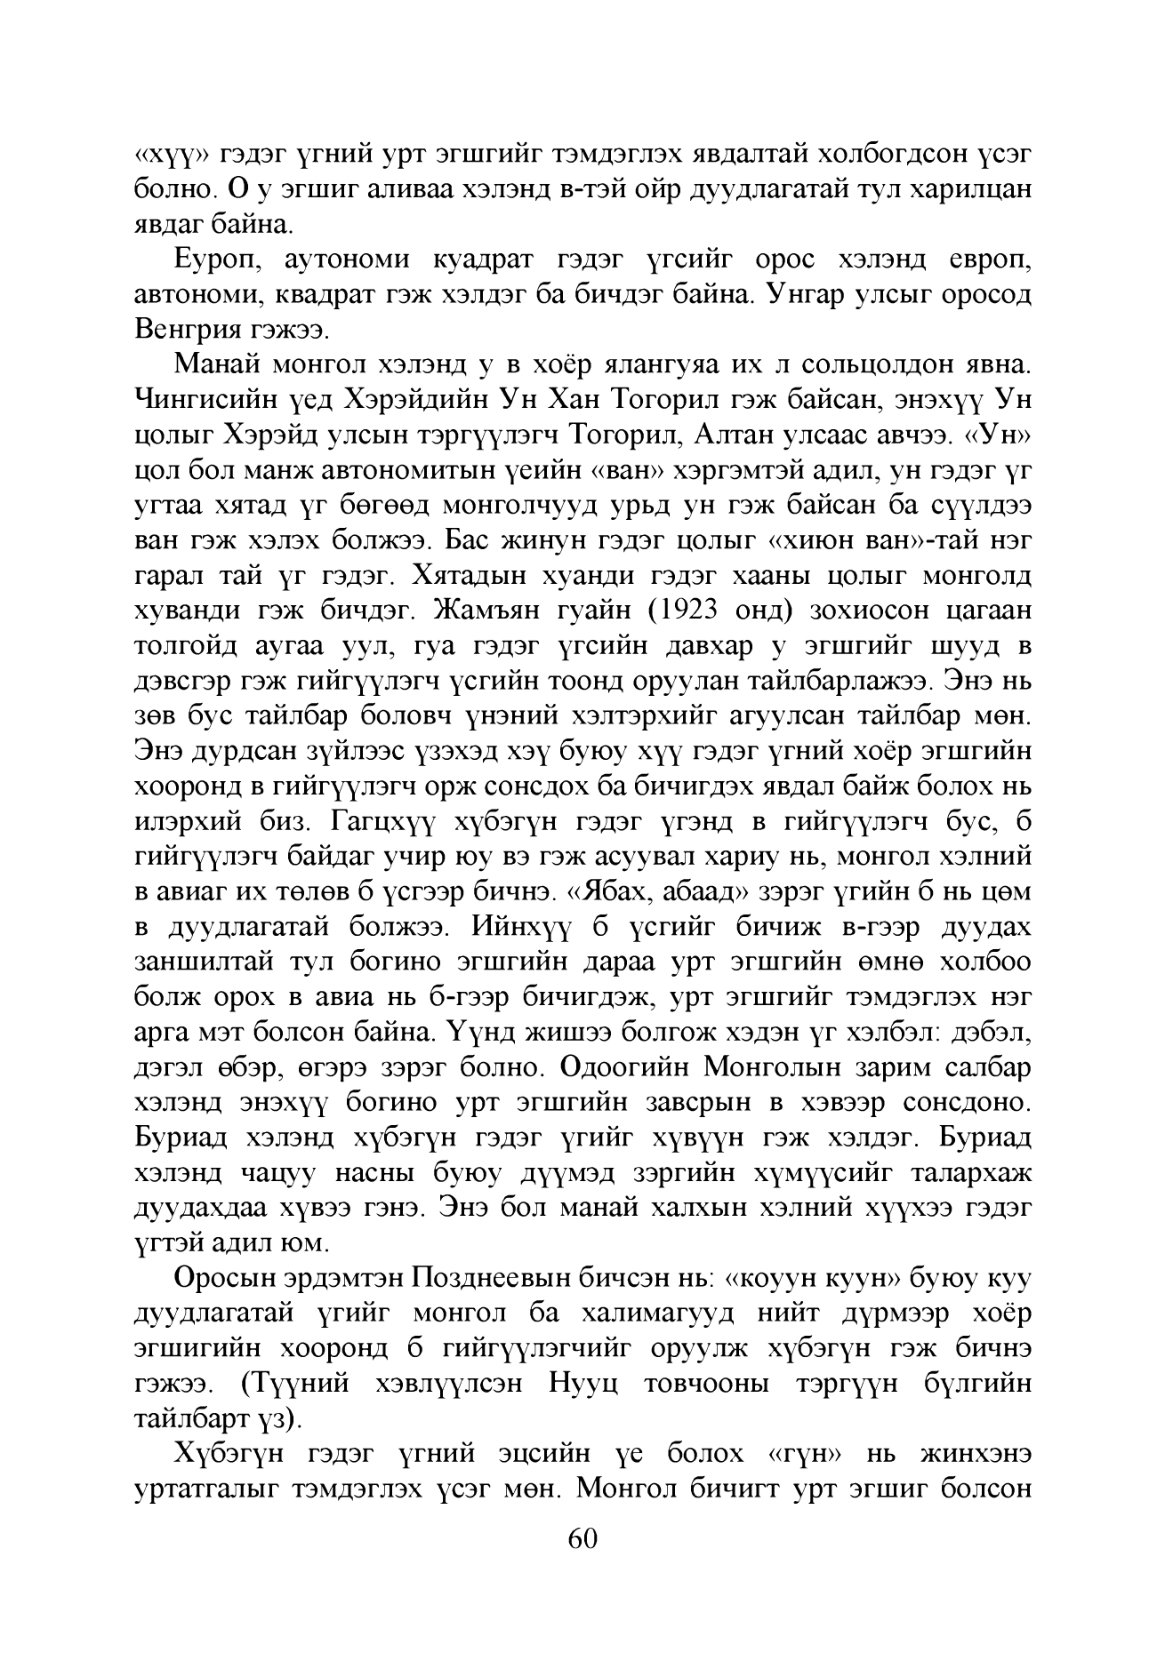
Language: mn